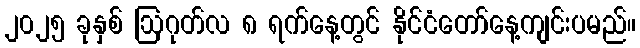
၂၀၂၅ ခုနှစ် ဩဂုတ်လ ၈ ရက်နေ့တွင် နိုင်ငံတော်နေ့ကျင်းပမည်။